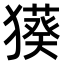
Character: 𤢑